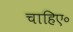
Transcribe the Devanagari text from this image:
चाहिए॰